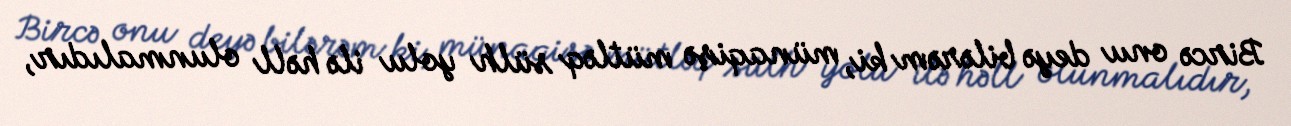
Bircə onu deyə bilərəm ki, münaqişə mütləq sülh yolu ilə həll olunmalıdır,